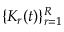
\{ K _ { r } ( t ) \} _ { r = 1 } ^ { R }